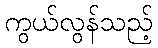
ကွယ်လွန်သည့်